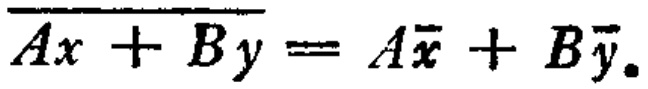
$\overline{Ax + By}=A\overline{x}+B\overline{y}.$